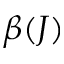
\beta ( J )